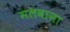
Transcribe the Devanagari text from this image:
मलवाना